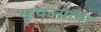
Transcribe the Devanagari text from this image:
सुचल्यावर